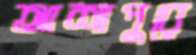
আশাপুরে